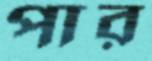
পার